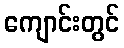
ကျောင်းတွင်